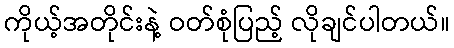
ကိုယ့်အတိုင်းနဲ့ ဝတ်စုံပြည့် လိုချင်ပါတယ်။